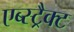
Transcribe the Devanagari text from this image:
एब्स्ट्रैक्ट